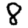
Digit: 8